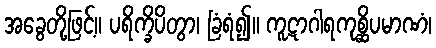
အခွေတို့ဖြင့်။ ပရိက္ခိပိတွာ၊ ခြံရံ၍။ ကူဋာဂါရကုစ္ဆိပမာဏံ၊